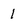
Character: 1